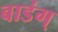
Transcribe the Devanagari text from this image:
बाडंग्